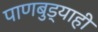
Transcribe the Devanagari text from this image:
पाणबुड्याही